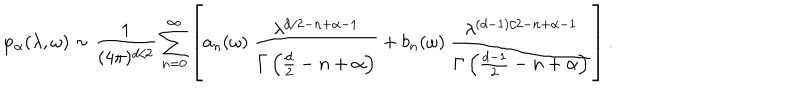
\varphi _ { \alpha } ( \lambda , \omega ) \sim { \frac { 1 } { ( 4 \pi ) ^ { d / 2 } } } \sum _ { n = 0 } ^ { \infty } \left[ a _ { n } ( \omega ) ~ { \frac { \lambda ^ { d / 2 - n + \alpha - 1 } } { \Gamma \left( \frac d 2 - n + \alpha \right) } } + b _ { n } ( \omega ) ~ { \frac { \lambda ^ { ( d - 1 ) / 2 - n + \alpha - 1 } } { \Gamma \left( { \frac { d - 1 } { 2 } } - n + \alpha \right) } } \right] .